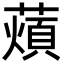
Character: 薠